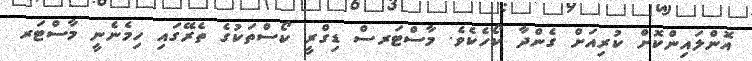
އޮންލައިންކޮށް ކުރިއަށް ގެންދާ ކޯހެކެވެ. މާސްޓަރސް ޑިގްރީ ކޯސްތަކުގެ ތެރޭގައި ހިމެނެނީ މާސްޓަރ